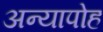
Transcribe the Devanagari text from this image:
अन्यापोह